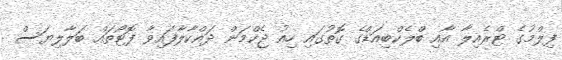
ފިލްމުގެ ޓްރެއިލާ އާއި ބްލެކްބިއަޑްގެ ގޮތުގައި ހިއު ޖެކްމަން ދައްކާލާފައިވާ ފޮޓޯތައް ބަލާލިޔަސް